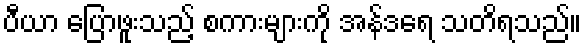
ပီယာ ပြောဖူးသည့် စကားများကို အန်ဒရေ သတိရသည်။